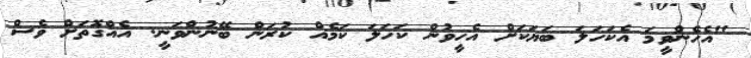
"އެހެންވީމަ އެކަހަލަ ބަޔަކަށް އެހީވުން ކަހަލަ ކަމެއް ކުރަން ބޭނުންވަނީ. އެއްގޮތަށް ވެސް